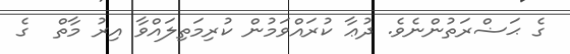
ގެ ޙަޟްރަތުންނެވެ. ދުޢާ ކުރައްވަމުން ކުރިމަތިލައްވާ އިރު މާތް  ގެ